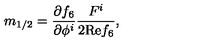
m _ { 1 / 2 } = \frac { \partial f _ { 6 } } { \partial \phi ^ { i } } \frac { F ^ { i } } { 2 \mathrm { R e } f _ { 6 } } ,